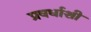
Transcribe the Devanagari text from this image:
प्रवर्धाशी